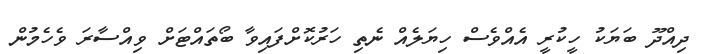
ދިއްދޫ ބަޔަކު ހީކުރީ އެއްވެސް ހިޔަލެއް ނެތި ހަރުކޮށްފައިވާ ބޯތައްޓަށް ވިއްސާރަ ވެހެމުން